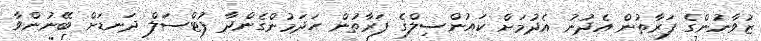
ޒުވާނުންގެ ފަރާތުން އެދުނު އެދުމަށް ކައުންސިލްގެ ފަރާތުން ހަދަމުންގެންދާ ފުޓްސަލް ދަނޑަށް ބޭނުންވާ